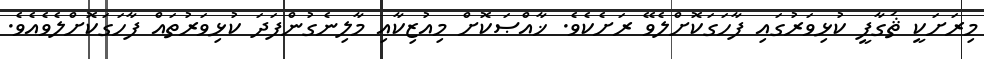
މިރަށަކީ ޘަގާފީ ކުޅިވަރުގައި ފާހަގަކޮށްލެވޭ ރަށެކެވެ. ޚާއްޞަކޮށް މިއުޒިކާއި މާލިނެގުންފަދަ ކުޅިވަރުތައް ފާހަގަކޮށްލެވެއެވެ.